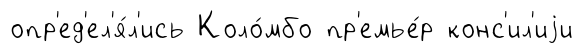
опр'ед'ел'я́л'ись Коло́мбо пр'емье́р конс'ил'иjи